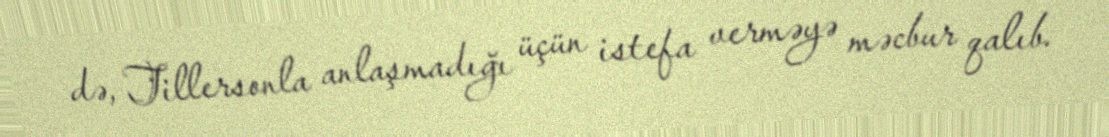
də, Tillersonla anlaşmadığı üçün istefa verməyə məcbur qalıb.